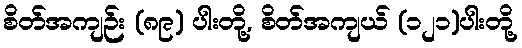
စိတ်အကျဉ်း (၈၉) ပါးတို့, စိတ်အကျယ် (၁၂၁)ပါးတို့